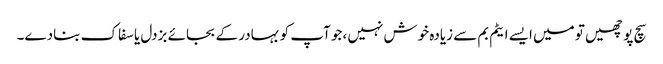
سچ پوچھیں تو میں ایسے ایٹم بم سے زیادہ خوش نہیں ،جو آپ کو بہادر کے بجائے بزدل یا سفاک بنادے۔